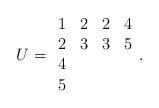
LaTeX: \begin{align*}U=\begin{array}{cccc}1&2&2&4\\2&3&3&5\\4&&&\\5\end{array}.\end{align*}